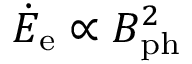
\dot { E } _ { \mathrm { e } } \propto B _ { \mathrm { p h } } ^ { 2 }